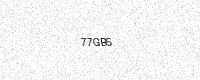
Text: 77GB5